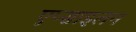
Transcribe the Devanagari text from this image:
एप्साइलन